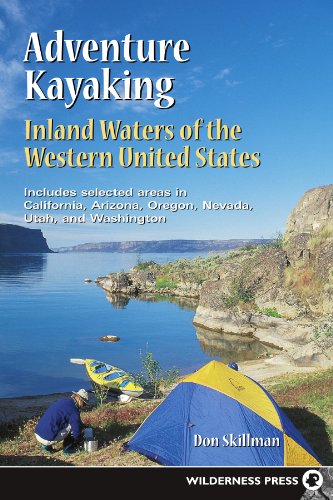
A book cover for Adventure Kayaking: Inland Waters of the Western United States; Don Skillman; Sports & Outdoors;